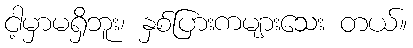
ငါ့မှာမရှိဘူး၊ နှစ်ပြားကများသေး တယ်။